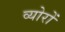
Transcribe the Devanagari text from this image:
व्योरों